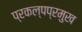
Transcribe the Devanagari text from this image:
प्रकल्पप्रमुख